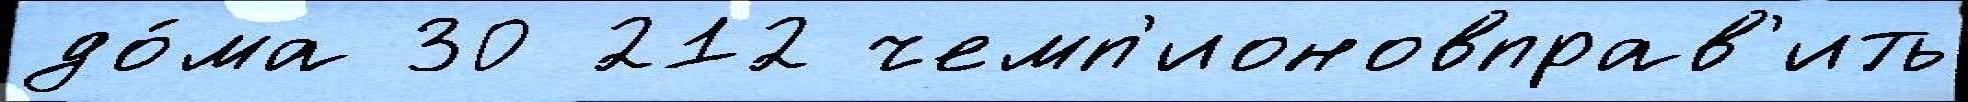
до́ма 30 212 чемп'ионовправ'ить